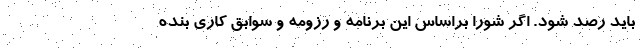
باید رصد شود. اگر شورا براساس این برنامه و رزومه و سوابق کاری بنده